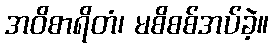
အဝိစာရိတံ၊ မစိစစ်အပ်ခဲ့။